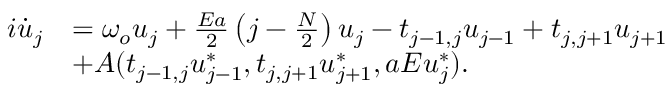
\begin{array} { r l } { i \dot { u } _ { j } } & { = \omega _ { o } u _ { j } + \frac { E a } { 2 } \left( j - \frac { N } { 2 } \right) u _ { j } - t _ { j - 1 , j } u _ { j - 1 } + t _ { j , j + 1 } u _ { j + 1 } } \\ & { + A ( t _ { j - 1 , j } u _ { j - 1 } ^ { * } , t _ { j , j + 1 } u _ { j + 1 } ^ { * } , a E u _ { j } ^ { * } ) . } \end{array}